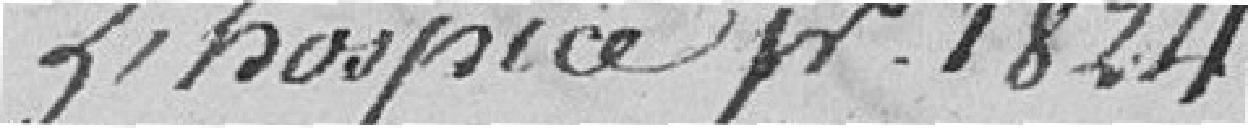
l'hospice pour 1824